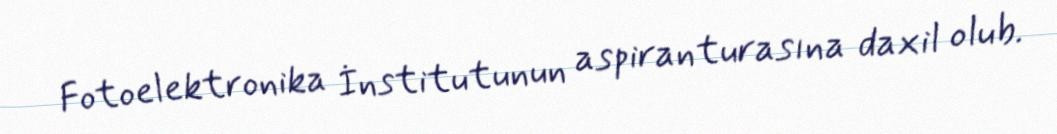
Fotoelektronika İnstitutunun aspiranturasına daxil olub.